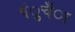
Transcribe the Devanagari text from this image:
पंुचँा